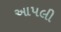
આપલી